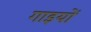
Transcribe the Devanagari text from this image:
गाइयों